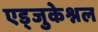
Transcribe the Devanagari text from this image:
एड्जुकेश्नल